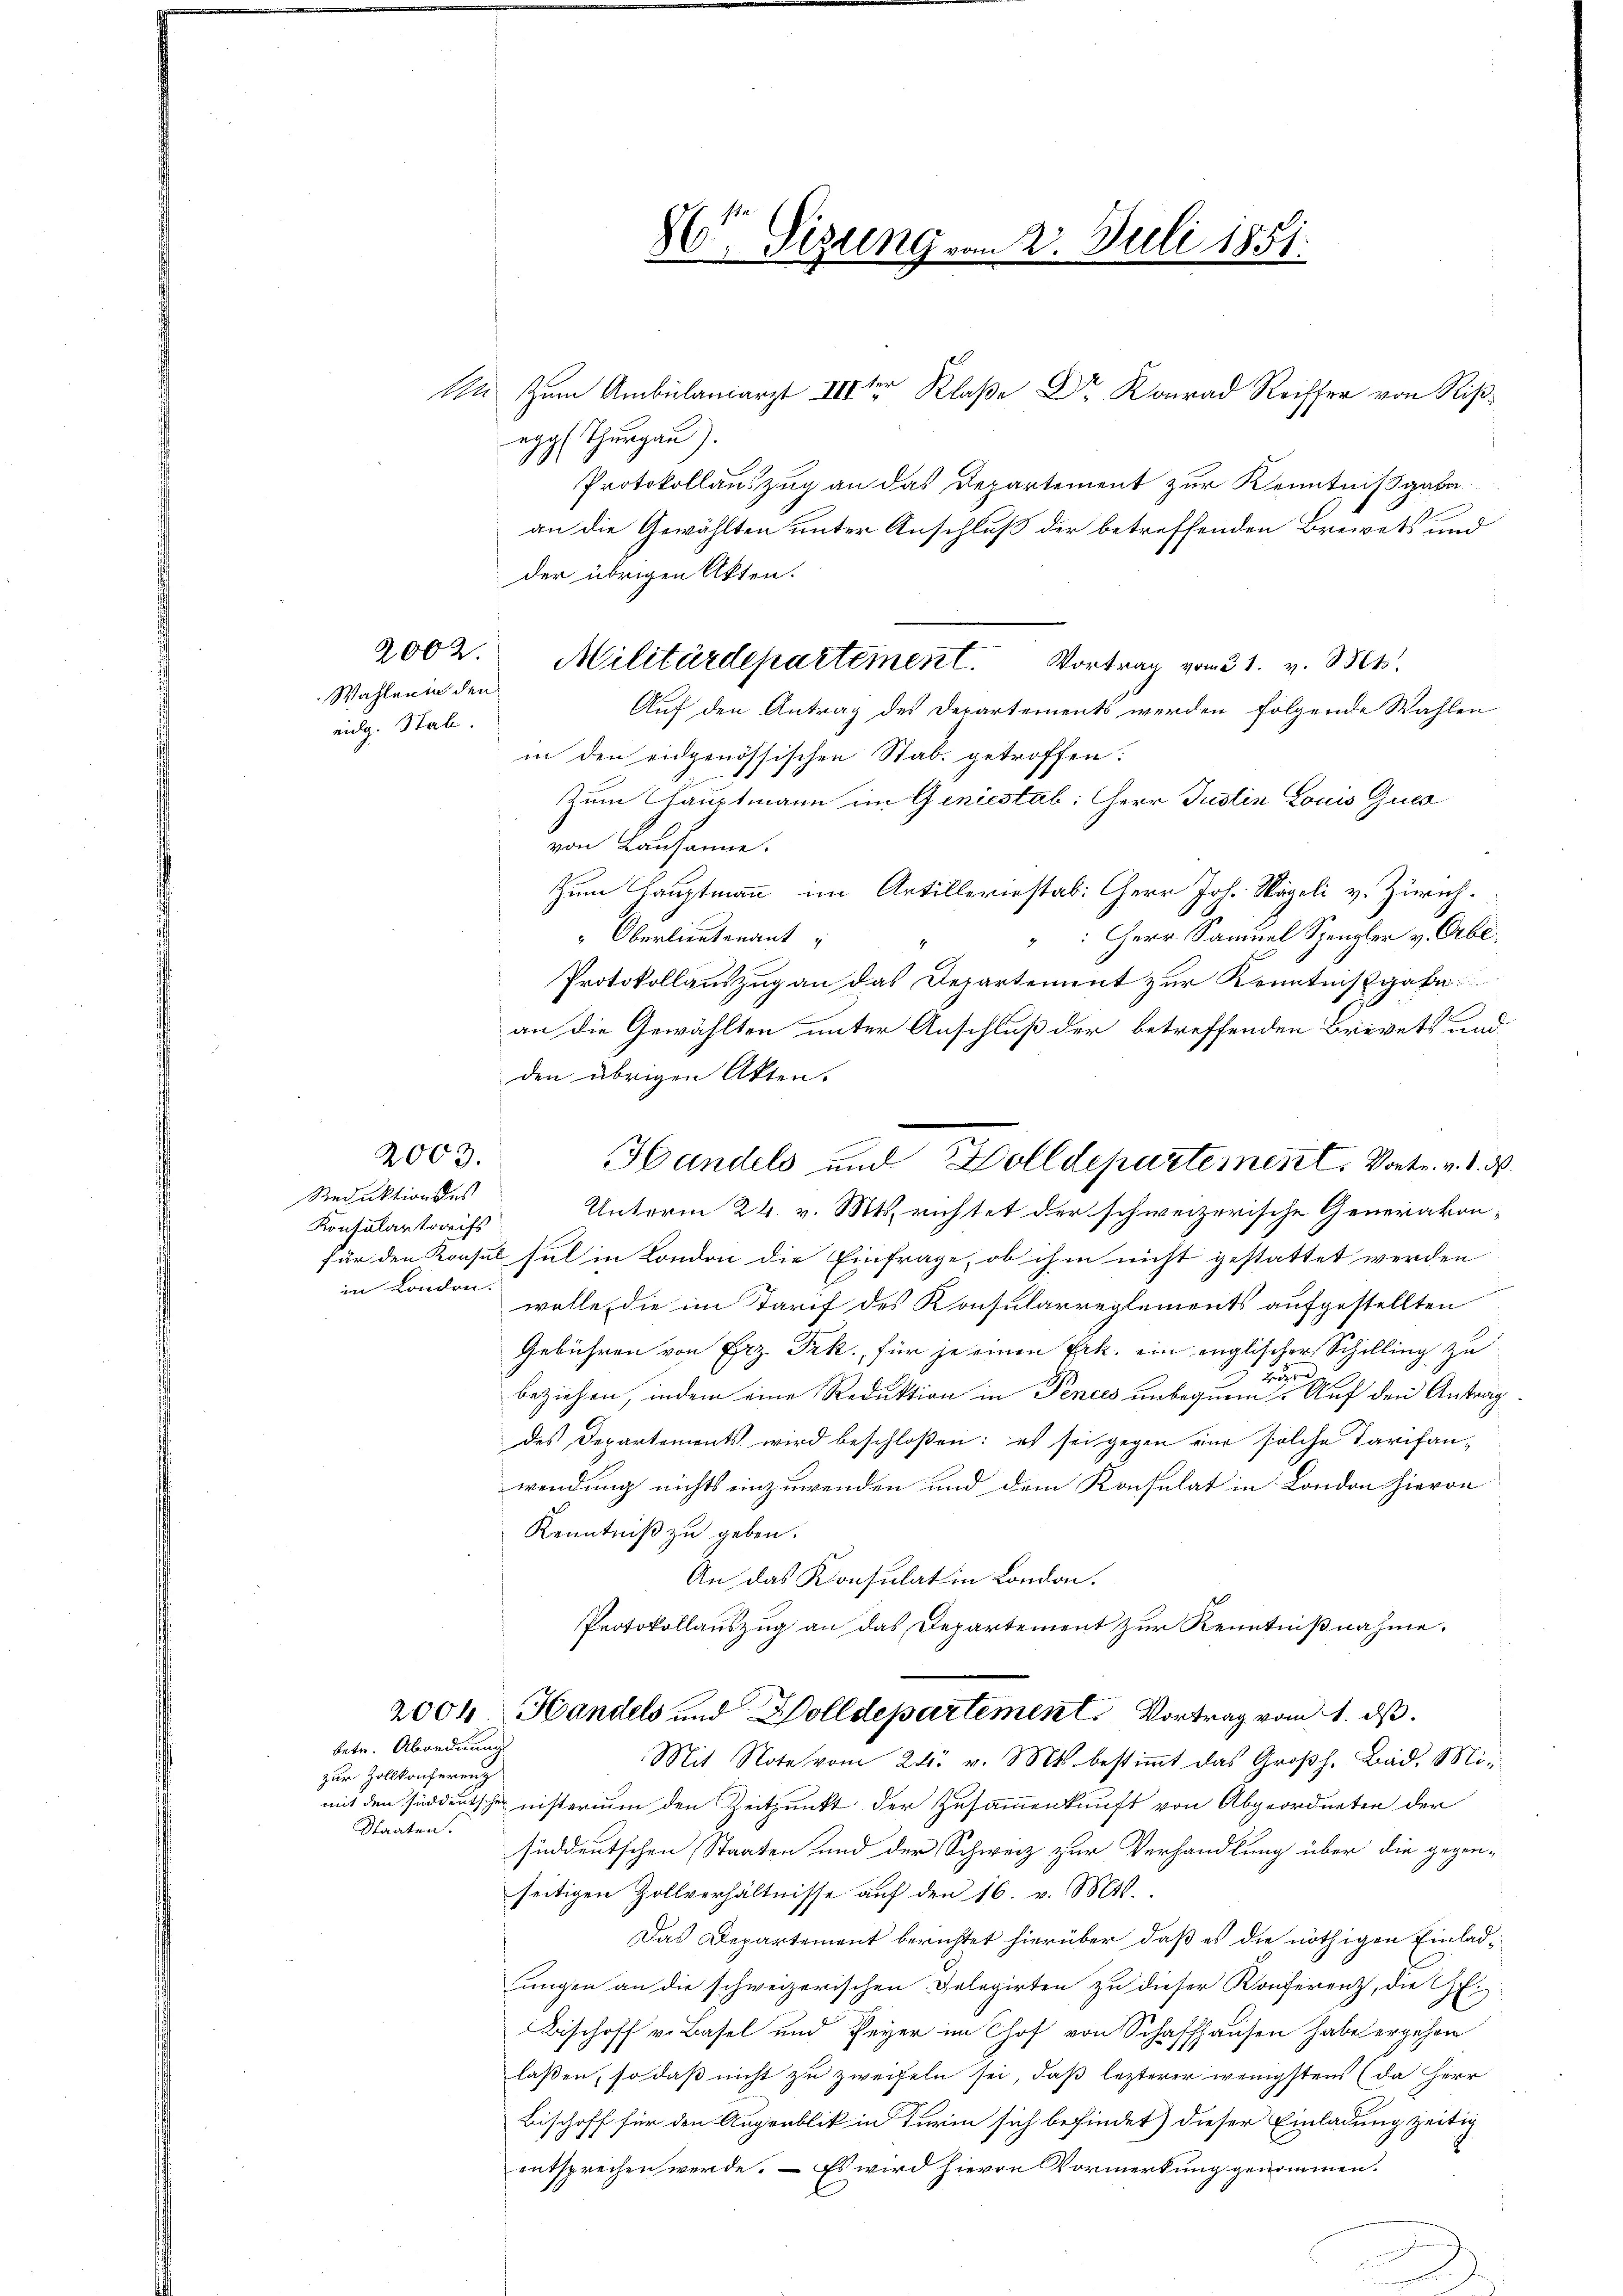
2002.
Wahlerin den
eidg. Stal.

2003.

Reduktion des
Konsulartreifs
in London.

betr. Abordnung
zur Zollkonferenz
Staaten.

R
egg (Thurgau).
Protokollauszug an das Departement zur Kenntnißgabe
an die Gewählten unter Anschluß der betreffenden Brevets und
der übrigen Akten.
Auf den Antrag des Departements werden folgende Wahlen
in den eidgenössischen Stab getroffen:
Zum Hauptmann im Geniestab: Herr Justin Louis Quer
von Lausanne.
zum Hauptmann im Artilleriestab: Herr Joh. Wägeli v. Zürich.
: Herr Samuel Spengler v. Abl.
" Oberlieutenant
4
Protokollauszug an das Departement zur Kenntnißgabe
2
an die Gewählten unter Anschluß der betreffenden Brevets und
den übrigen Akten.
Unterm 24. v. Mts. richtet der schweizerische Generakon-
für den Konsul sel in London die Einfrage, ob ihm nicht gestattet werden
wolle, die im Tarif des Konsularreglements aufgestellten
Gebühren von Erz. Frk., für je einen Frk. ein englischer Schilling zu
beziehen, indem eine Reduktion in Pences unbeginne dieser Auf den Antrag
des Departements wird beschloßen: es sei gegen eine solche Tarifanwendung nichts einzuwenden und dem Konsulat in London hieron
Kenntniß zu geben.
An das Konsulat in London.
Protokollauszug an das Departement zur Kenntnißnahme.
2004 Handels und Wolldepartement. Vortrag vom 1. ds.
Mit Note vom 24. v. Mts. bestiṁt das Großh. Bad. Mimit den süddeutscher nisterium den Zeitpunkt der Zusammenkunft von Abgeordneten der
süddeutschen Staaten und der Schweiz zur Verhandlung über die gegenseitigen Zollverhältnisse auf den 16. v. Mts.
Das Departement berichtet hierüber, daß es die nöthigen Einladungen an die schweizerischen Gelegirten zu dieser Konferenz, die Ge-
Bischoff v. Basel und Peyer im Chof von Schaffhausen habe ergehen
laßen, so daß nicht zu zweifeln sei, daß lezterer wenigstens (da Herr
Bischoff für den Augenblik in Turin sich befindet) dieser Einladung zeitig
entsprechen werde. – Es wird hievon Vormerkung genommen.

.
 Sizung vom 2. Juli 1851.

Militärdepartement. Vortrag vom 31. v. Mts.

Handels und Zolldepartement. Vortr. v. d. M.